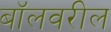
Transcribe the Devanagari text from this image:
बॉलवरील